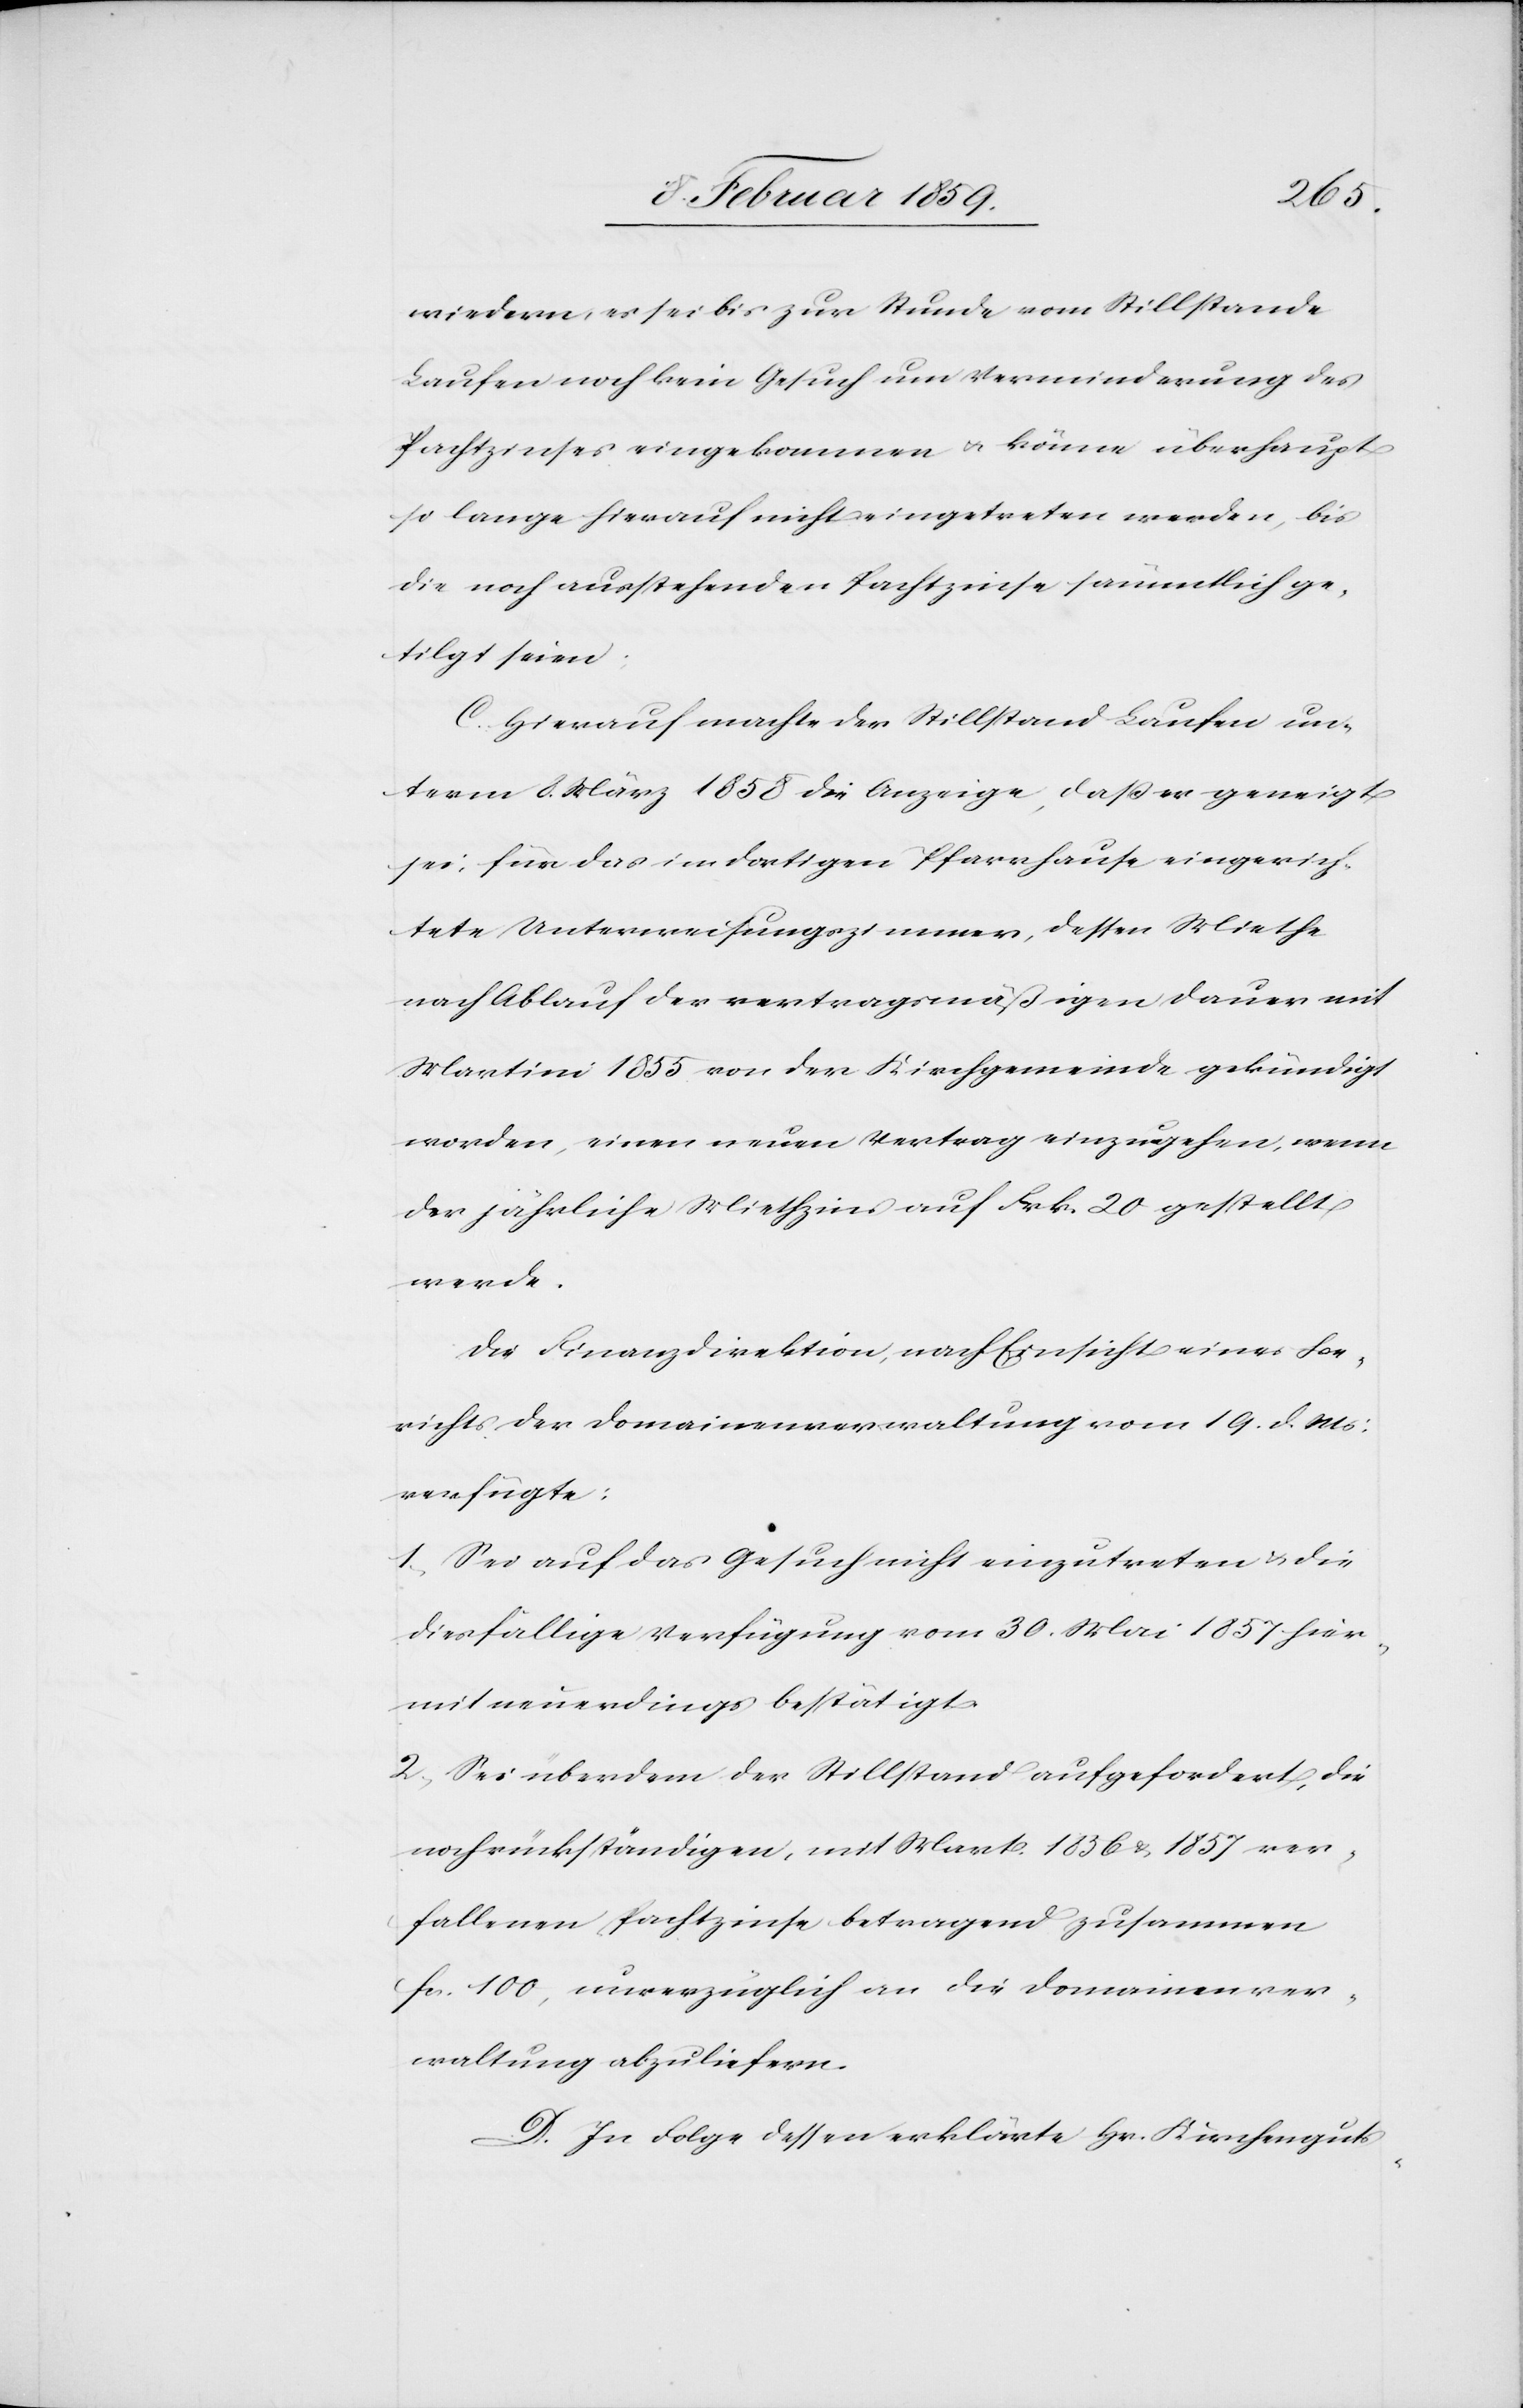
wiedern, es sei bis zur Stunde vom Stillstande
Laufen noch kein Gesuch um Verminderung des
Pachtzinses eingekommen u. könne überhaupt
so lange hierauf nicht eingetreten werden, bis
die noch ausstehenden Pachtzinse sämmtlich ge¬
tilgt sind:
C. Hierauf machte der Stillstand Laufen un¬
term 8. März 1858 die Anzeige, daß er geneigt
sei, für das im dortigen Pfarrhause eingerich¬
tete Unterweisungszimmer, dessen Miethe
nach Ablauf der vertragsmäßigen Dauer mit
Martini 1855 von der Kirchgemeinde gekündigt
worden, einen neuen Vertrag einzugehen, wenn
der jährliche Miethzins auf Frk. 20 gestellt
werde.
Die Finanzdirektion, nach Einsicht eines Be¬
richts der Domainenverwaltung vom 19. d. Mts.
verfügte:
1, Sei auf das Gesuch nicht einzutreten u. die
diesfällige Verfügung vom 30. Mai 1857 hier¬
mit neuerdings bestätigt.
2, Sei überdem der Stillstand aufgefordert, die
noch rückständigen, mit Mart. 1856 & 1857 ver¬
fallenen Pachtzinse betragend zusammen
fcs. 100, unverzüglich an die Domainenver¬
waltung abzuliefern.
D. In Folge dessen erklärte Hr. Kirchenguts-